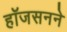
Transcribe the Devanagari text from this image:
हॉजसनने